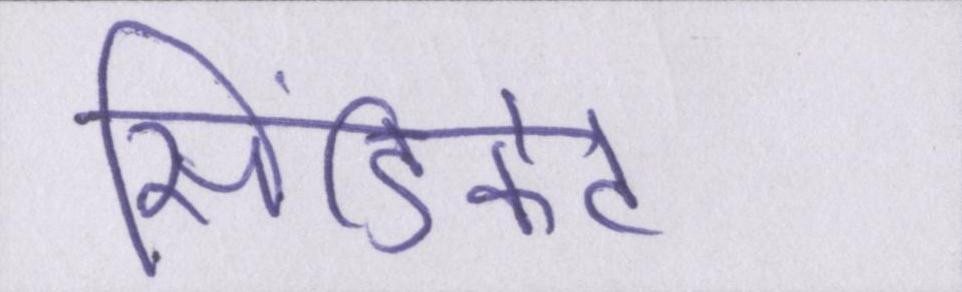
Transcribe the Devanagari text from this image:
सिंडिकेट